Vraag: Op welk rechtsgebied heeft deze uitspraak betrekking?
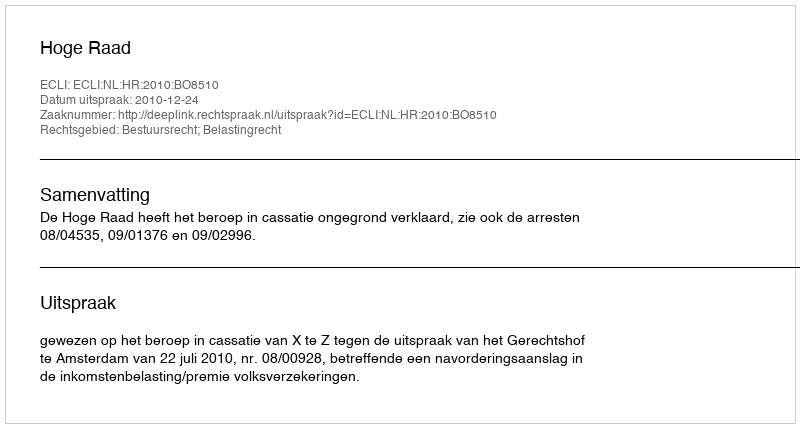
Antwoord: Bestuursrecht; Belastingrecht